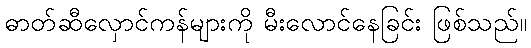
ဓာတ်ဆီလှောင်ကန်များကို မီးလောင်နေခြင်း ဖြစ်သည်။